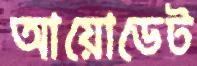
আয়োডেট